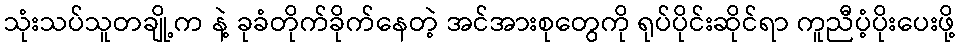
သုံးသပ်သူတချို့က နဲ့ ခုခံတိုက်ခိုက်နေတဲ့ အင်အားစုတွေကို ရုပ်ပိုင်းဆိုင်ရာ ကူညီပံ့ပိုးပေးဖို့